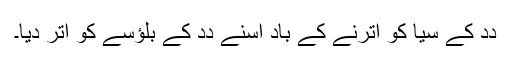
دِدِ کے سیا کو اُترنے کے باد اُسنے دِدِ کے بلؤسے کو اُتر دِیا۔